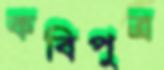
কবিপুত্র